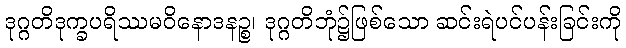
ဒုဂ္ဂတိဒုက္ခပရိဿမဝိနောဒနဉ္စ၊ ဒုဂ္ဂတိဘုံ၌ဖြစ်သော ဆင်းရဲပင်ပန်းခြင်းကို